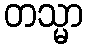
တသ္မာ